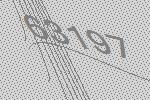
63197